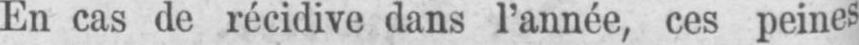
En cas de récidive dans l’année, ces peines